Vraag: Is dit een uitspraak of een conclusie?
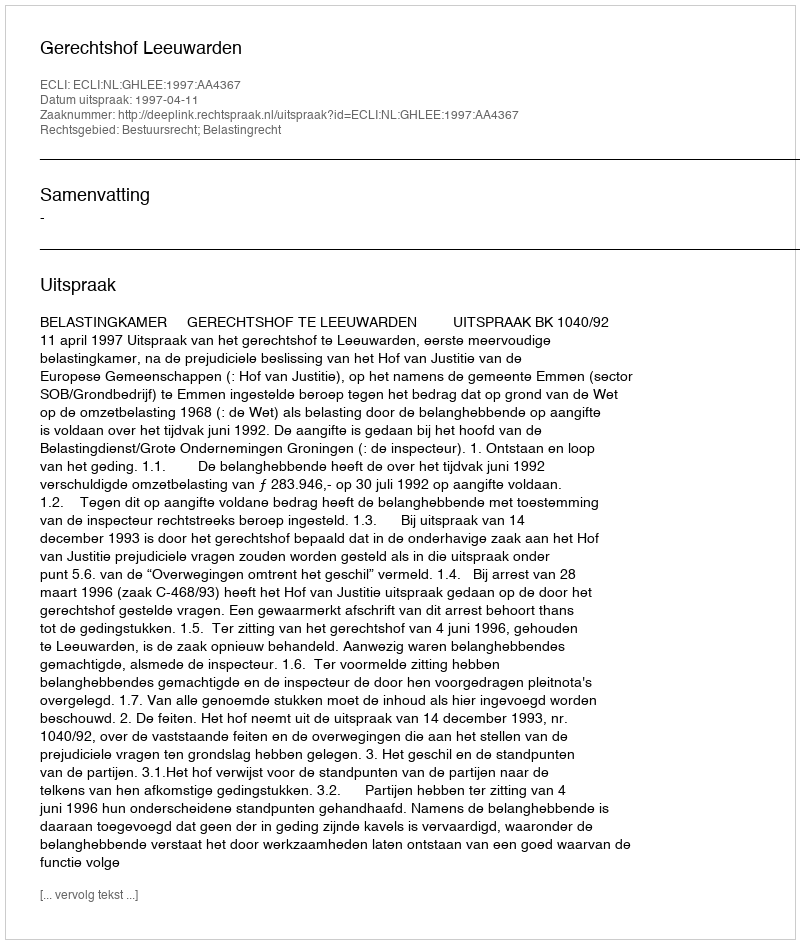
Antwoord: Uitspraak